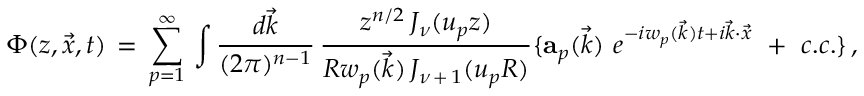
\Phi ( z , \vec { x } , t ) \, = \, \sum _ { p = 1 } ^ { \infty } \, \int { \frac { d \vec { k } } { ( 2 \pi ) ^ { n - 1 } } } \, { \frac { z ^ { n / 2 } \, J _ { \nu } ( u _ { p } z ) } { R w _ { p } ( \vec { k } ) \, J _ { \nu \, + \, 1 } ( u _ { p } R ) } } \lbrace { { \bf a } _ { p } ( \vec { k } ) \ } e ^ { - i w _ { p } ( \vec { k } ) t + i \vec { k } \cdot \vec { x } } \, \, + \, \, c . c . \rbrace \, ,